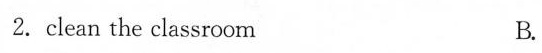
2.clean the classroomB